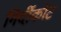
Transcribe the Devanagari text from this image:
गिर्दीकोट